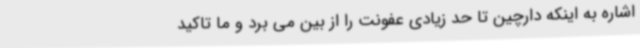
اشاره به اینکه دارچین تا حد زیادی عفونت را از بین می برد و ما تاکید